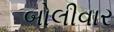
બોલીવાર